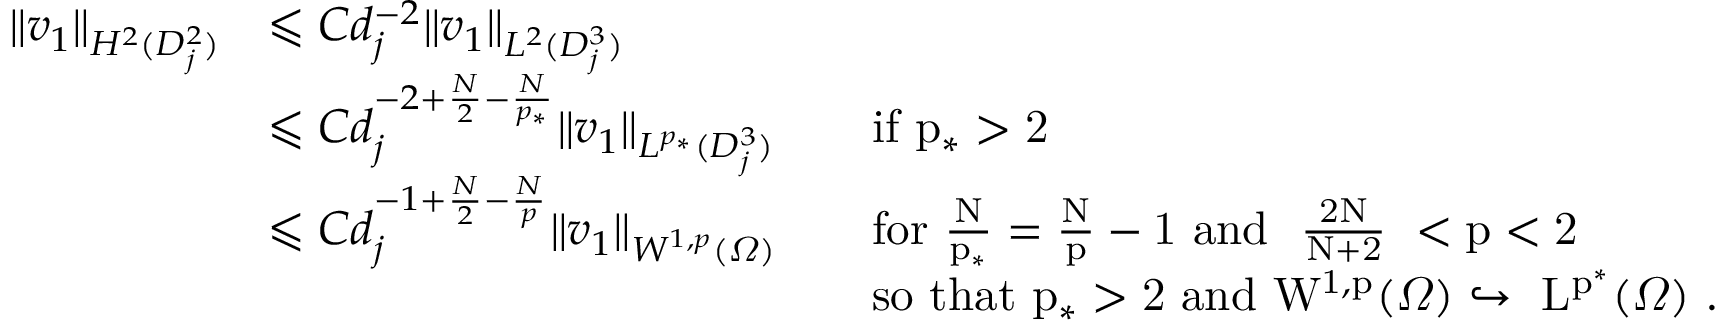
\begin{array} { r l r l } { \| v _ { 1 } \| _ { H ^ { 2 } ( D _ { j } ^ { 2 } ) } } & { \leqslant C d _ { j } ^ { - 2 } \| v _ { 1 } \| _ { L ^ { 2 } ( D _ { j } ^ { 3 } ) } } \\ & { \leqslant C d _ { j } ^ { - 2 + \frac { N } 2 - \frac { N } { p _ { * } } } \| v _ { 1 } \| _ { L ^ { p _ { * } } ( D _ { j } ^ { 3 } ) } } & & { \mathrm { i f ~ p _ * > 2 ~ } } \\ & { \leqslant C d _ { j } ^ { - 1 + \frac { N } 2 - \frac { N } { p } } \| v _ { 1 } \| _ { W ^ { 1 , p } ( \varOmega ) } } & & { \mathrm { f o r ~ \frac { N } { p _ * } = \frac { N } p - 1 ~ a n d ~ \mathrm { ~ \frac { 2 N } { N + 2 } ~ } < p < 2 ~ } } \\ & { } & & { \mathrm { s o ~ t h a t ~ p _ * > 2 ~ a n d ~ W ^ { 1 , p } ( \varOmega ) \hookrightarrow ~ L ^ { p ^ * } ( \varOmega ) ~ } . } \end{array}